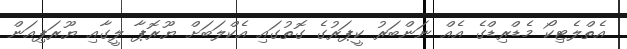
އެތްލެޓިކޯ މެޑްރިޑްގެ އެއް ނަންބަރު ކީޕަރުގެ ގޮތުގައި އެކްލަބަށް ޔޫރޮޕާ ލީގާއި ޔޫރަޕިއަން